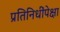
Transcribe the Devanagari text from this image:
प्रतिनिधींपेक्षा